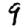
Digit: 9